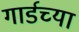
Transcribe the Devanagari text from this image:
गार्डच्या